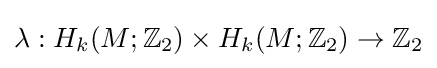
\lambda :H_{k}(M;\mathbb {Z} _{2})\times H_{k}(M;\mathbb {Z} _{2})\to \mathbb {Z} _{2}